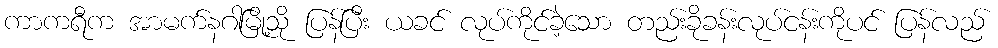
ကာကရီက အာမက်နဂါမြို့သို ပြန်ပြီး ယခင် လုပ်ကိုင်ခဲ့သော တည်းခိုခန်းလုပ်ငန်းကိုပင် ပြန်လည်